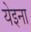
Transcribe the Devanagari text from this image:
येइना